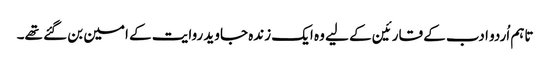
تاہم اُردو ادب کے قارئین کے لیے وہ ایک زندہ جاوید روایت کے امین بن گئے تھے۔